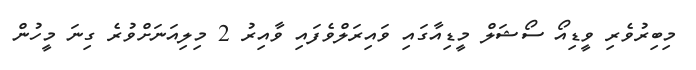
މިބިރުވެެރި ވީޑިއޯ ސޯޝަލް މީޑިއާގައި ވައިރަލްވެފައި ވާއިރު 2 މިލިއަނަށްވުރެ ގިނަ މީހުން